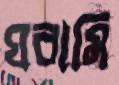
ঘরামি